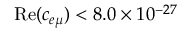
\mathrm { R e } ( c _ { e \mu } ) < 8 . 0 \times 1 0 ^ { - 2 7 }